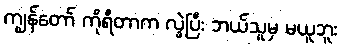
ကျွန်တော် ကိုရီတာက လွဲပြီး ဘယ်သူမှ မယူဘူး